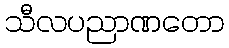
သီလပညာဏတော